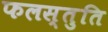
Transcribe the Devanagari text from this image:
फलस्तुति